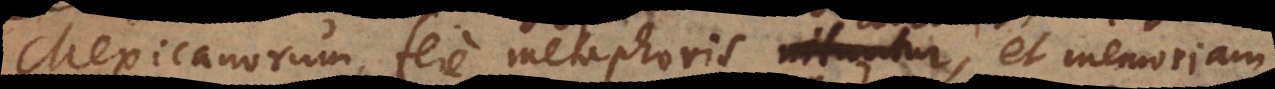
Mexicanorum fere metaphoris nituntur,, et memoriam